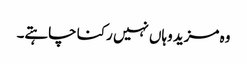
وہ مزید وہاں نہیں رکنا چاہتے۔